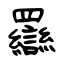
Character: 羉